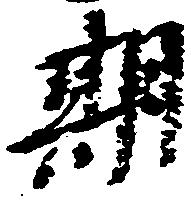
期